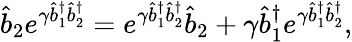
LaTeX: \hat{b}_{2}e^{\gamma\hat{b}_{1}^{\dagger}\hat{b}_{2}^{\dagger}}=e^{\gamma\hat{b}_{1}^{\dagger}\hat{b}_{2}^{\dagger}}\hat{b}_{2}+\gamma\hat{b}_{1}^{\dagger}e^{\gamma\hat{b}_{1}^{\dagger}\hat{b}_{2}^{\dagger}},